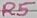
Text: R5